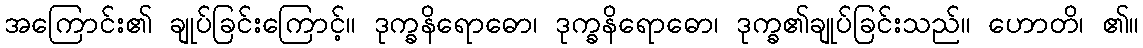
အကြောင်း၏ ချုပ်ခြင်းကြောင့်။ ဒုက္ခနိရောဓော၊ ဒုက္ခနိရောဓော၊ ဒုက္ခ၏ချုပ်ခြင်းသည်။ ဟောတိ၊ ၏။